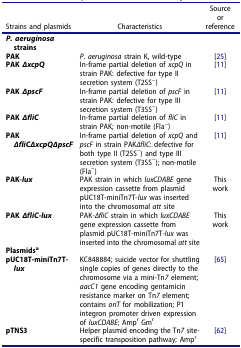
| Strains and plasmids | Characteristics | Source or reference |
 | --- | --- | --- |
 | P. aeruginosa strains |  |  |
 | PAK | P. aeruginosa strain K, wild-type | [25] |
 | PAK ∆xcpQ | In-frame partial deletion of xcpQ in strain PAK: defective for type II secretion system (T2SS−) | [11] |
 | PAK ∆pscF | In-frame partial deletion of pscF in strain PAK: defective for type III secretion system (T3SS−) | [11] |
 | PAK ∆fliC | In-frame partial deletion of fliC in strain PAK; non-motile (Fla−) | [11] |
 | PAK ∆fliC∆xcpQ∆pscF | In-frame partial deletion of xcpQ and pscF in strain PAK∆fliC: defective for both type II (T2SS−) and type III secretion system (T3SS−); non-motile (Fla−) | [11] |
 | PAK-lux | PAK strain in which luxCDABE gene expression cassette from plasmid pUC18T-miniTn7T-lux was inserted into the chromosomal att site | This work |
 | PAK ∆fliC-lux | PAK-∆fliC strain in which luxCDABE gene expression cassette from plasmid pUC18T-miniTn7T-lux was inserted into the chromosomal att site | This work |
 | Plasmidsa |  |  |
 | pUC18T-miniTn7T-lux | KC848884; suicide vector for shuttling single copies of genes directly to the chromosome via a mini-Tn7 element; aacC1 gene encoding gentamicin resistance marker on Tn7 element; contains oriT for mobilization; P1 integron promoter driven expression of luxCDABE; Ampr Gmr | [65] |
 | pTNS3 | Helper plasmid encoding the Tn7 site-specific transposition pathway; Ampr | [62] |